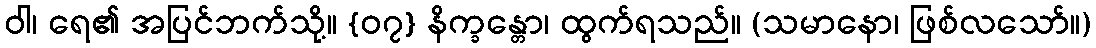
ဝါ၊ ရေ၏ အပြင်ဘက်သို့။ {၀၇} နိက္ခန္တော၊ ထွက်ရသည်။ (သမာနော၊ ဖြစ်လသော်။)